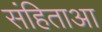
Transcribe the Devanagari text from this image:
संहिताआ